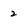
Character: 2